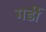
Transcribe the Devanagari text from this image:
गर्डी